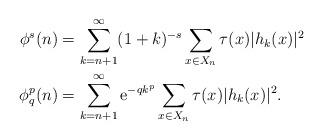
LaTeX: \begin{align*}\phi^s(n) & =\sum_{k=n+1}^\infty (1+k)^{-s} \sum_{x\in X_n}\tau(x) |h_{k}(x)|^2 \\\phi^{p}_q(n)& = \sum_{k=n+1}^\infty \mathrm{e}^{-q k^p} \sum_{x\in X_n}\tau(x) |h_k(x)|^2.\end{align*}